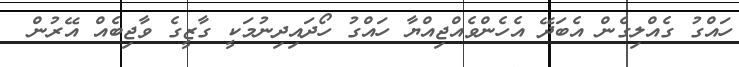
ހައްގު ގެއްލިގެން އެބަދޭ އެހެންވެއްޖިއްޔާ ހައްގު ހޯދައިދިނުމަކީ ގާޒީގެ ވާޖިބެއް އޭރުން